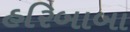
હરિબાબા